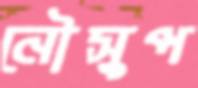
নৌসুপ